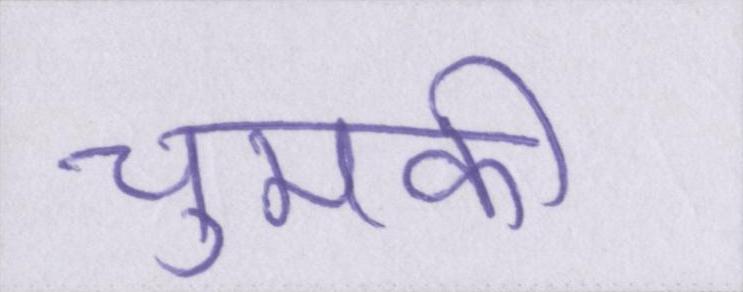
चुमकी